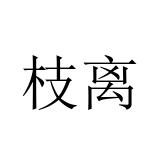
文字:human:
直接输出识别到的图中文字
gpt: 枝离